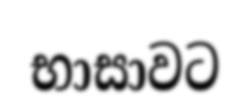
භාසාවට